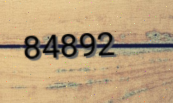
84892